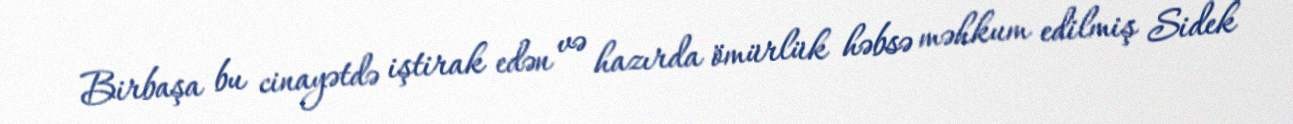
Birbaşa bu cinayətdə iştirak edən və hazırda ömürlük həbsə məhkum edilmiş Sidek